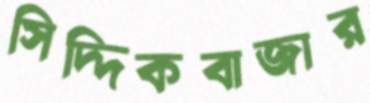
সিদ্দিকবাজার